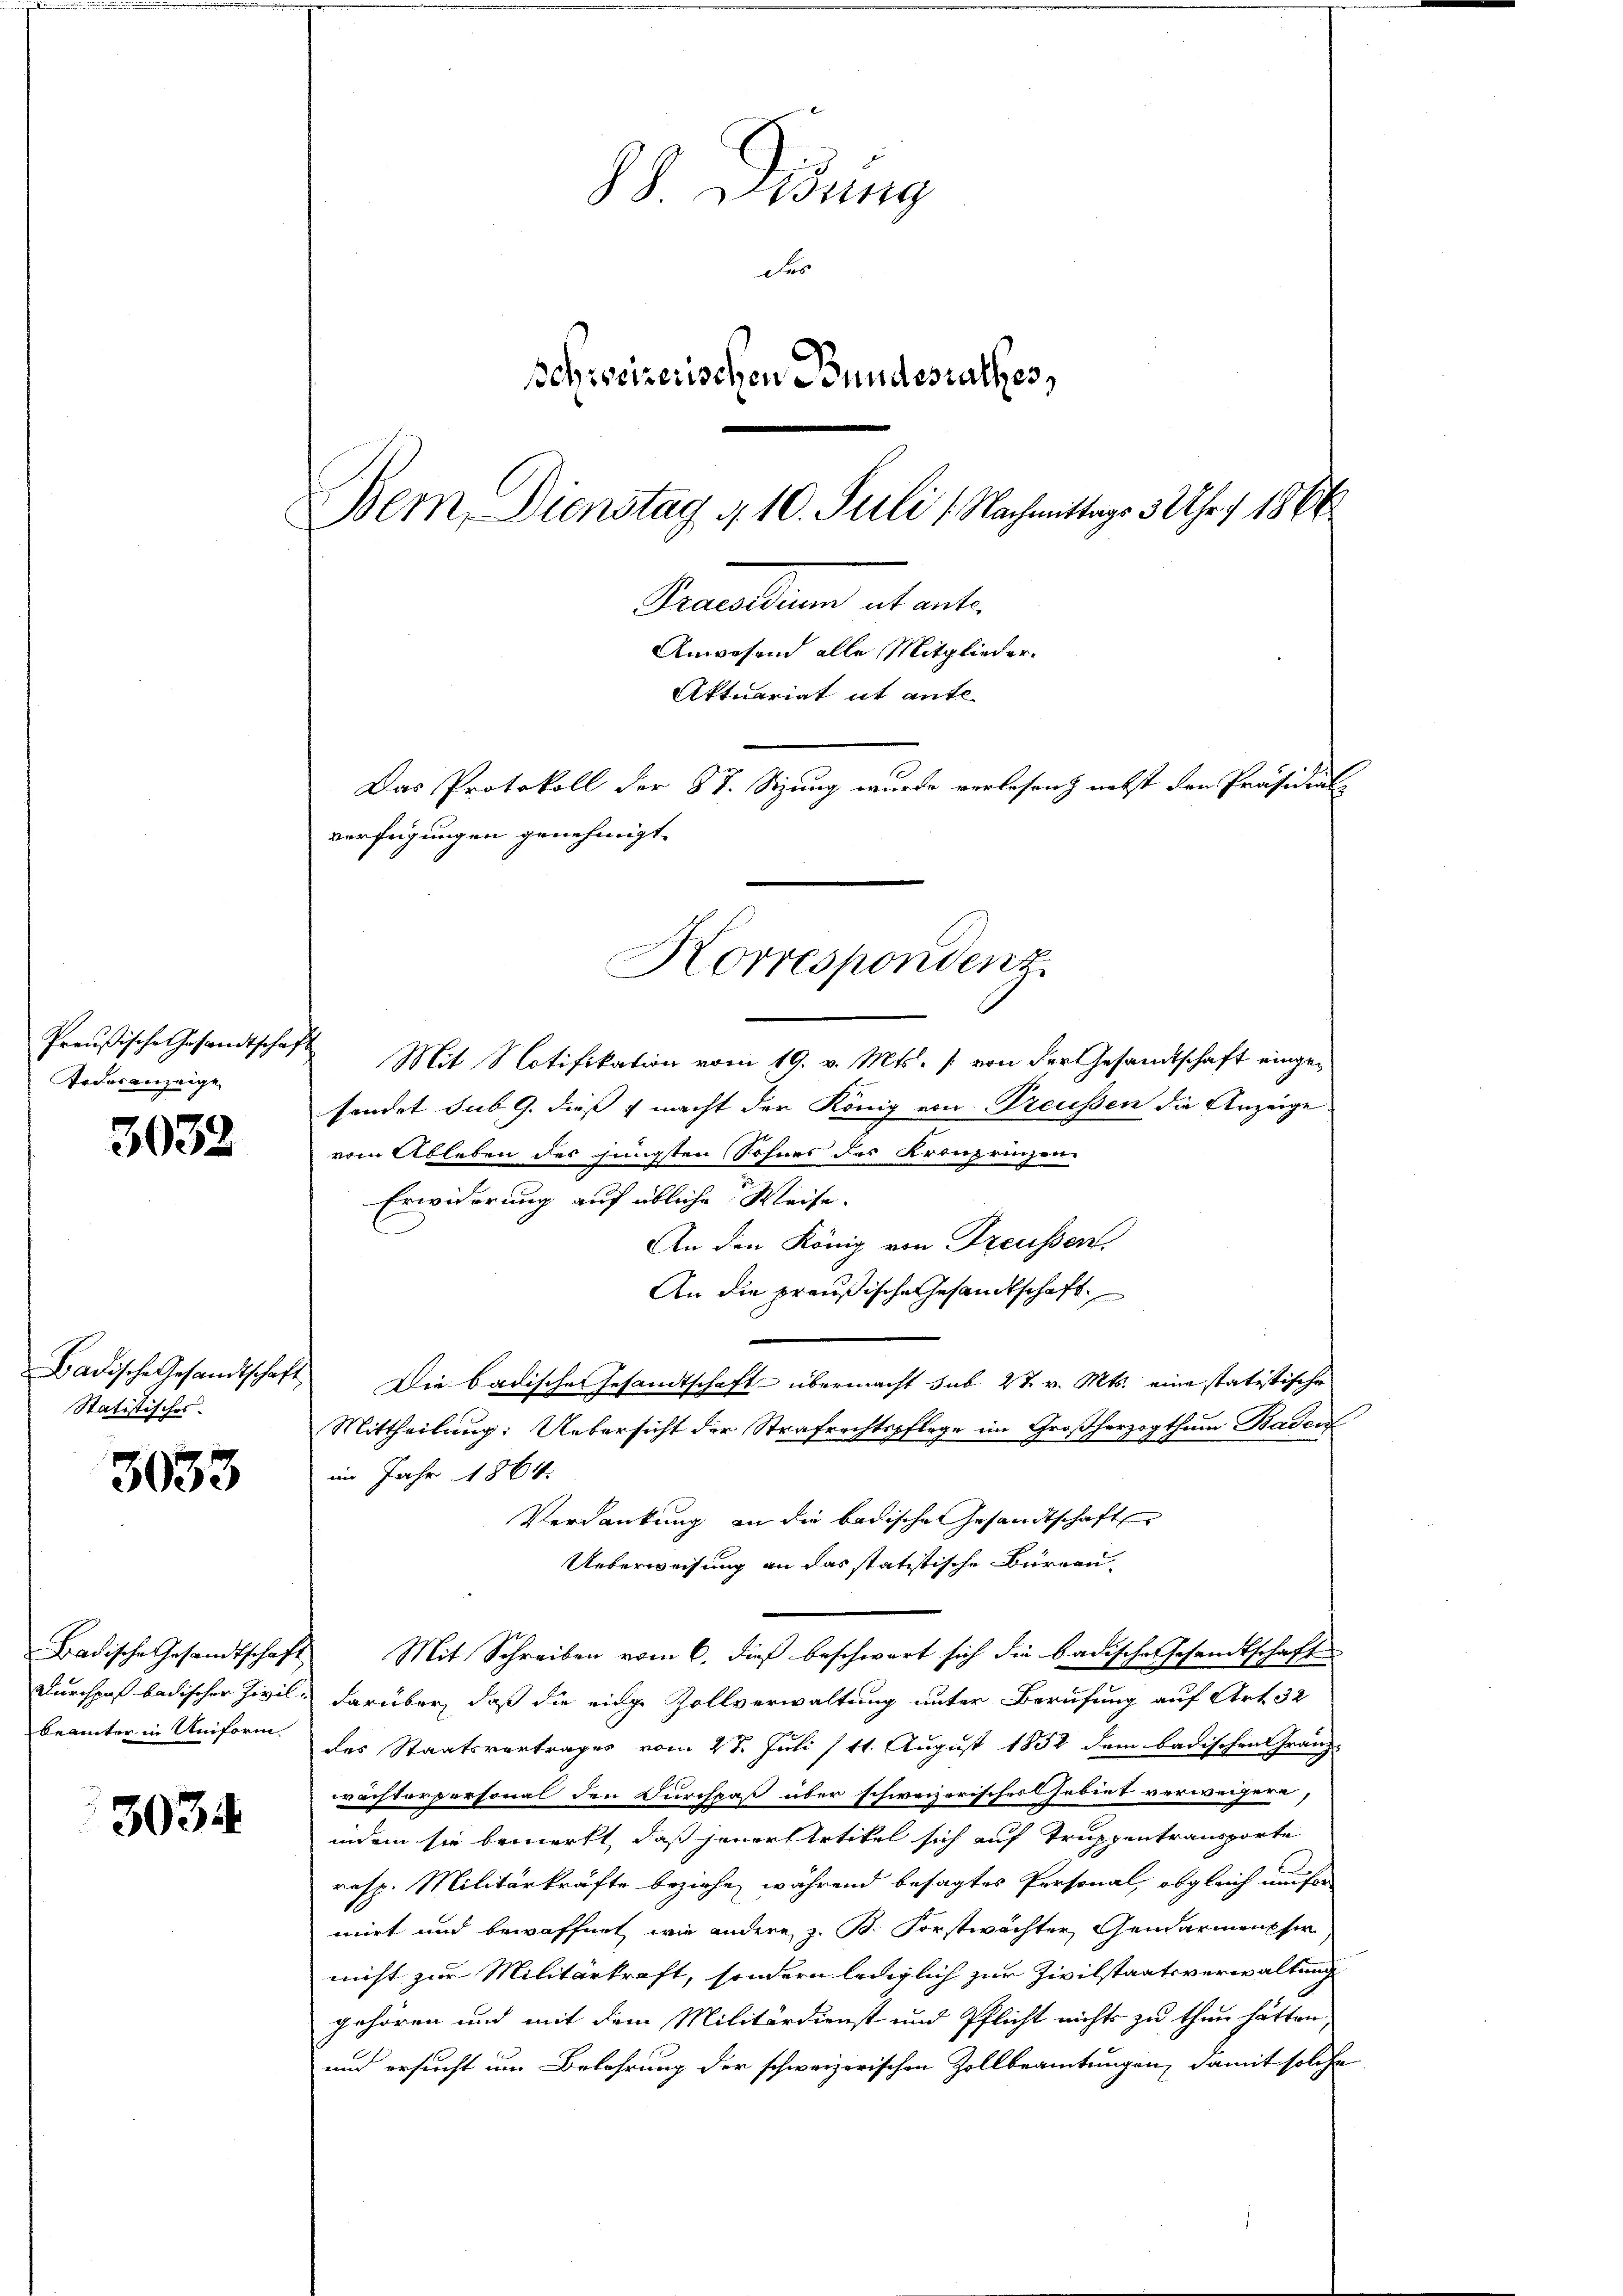
Todesanzeige

3033

Statistisches.

3033

3034

S. Lesung
des
schweizerischen Bundesrathes,
Bem Dienstag 4. 10. Juli 1. Nachmittags 3 Uhr 1866
Semmelten alt ent¬
Anwesend alle Mitglieder.
Aktuariat it ante-
Das Protokoll der 87. Sizung wurde verlesen nebst den Präsidial-
verfügungen genehmigt.

Preußische Gesandtschaft Mit Notifikation vom 19. v. Mts. (von der Gesandtschaft eingesendet sub 9. dieß & macht der König von Preussen die Anzeige
vom Ableben des jüngsten Sohnes des Kronprinzen-
Erwiderung auf übliche Weise.
An den König von Freussen.
An die preußische Gesandtschaft
Badische Gesandtschaft Die badischen Gesamtschaft übermacht sub 27. v. Mts. eine statistische
Mittheilung: Uebersicht der Strafrechtspflege im Großherzogthum Baden
im Jahr 1864.
Verdankung an die badische Gesamtschaft
Ueberweisung an das statistische Büreau-
Badische Gesandtschaft Mit Schreiben vom 6. dieß beschwart sich die badische Gesandtschaft
Durchpaß badischer Zivil, darüber, daß die einge Zollverwaltung unter Berufung auf Art. 32
beamter in Uniform des Staatsvertrages vom 2t Juli /11. August 1852 dem badischen Gränzwächterpersonal den Durchpaß über schweizerischer Gebiet verweigern,
indem sie bemerkt, daß jener Artikel sich auf Truppentransporte
resp. Militärkräfte beziehe, während besagtes Personal, obgleich unser
mirt und bewaffnet wie andere, z. B. Forstwächter Gendarmenphir
nicht zur Militärkraft, sondern lediglich zur Zivilstaatsverwaltung
gehören und mit dem Militärdienst und Pflicht nichts zu thun hätten,
und ersucht um Belehrung der schweizerischen Zollbeamtungen, damit solche

Korrespondenz